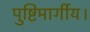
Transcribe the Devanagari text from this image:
पुष्टिमार्गीय।